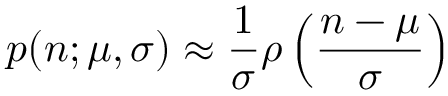
p ( n ; \mu , \sigma ) \approx \frac { 1 } { \sigma } \rho \left( \frac { n - \mu } { \sigma } \right)